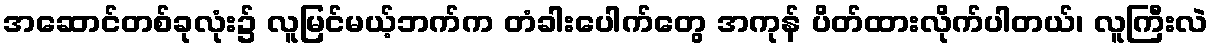
အဆောင်တစ်ခုလုံး၌ လူမြင်မယ့်ဘက်က တံခါးပေါက်တွေ အကုန် ပိတ်ထားလိုက်ပါတယ်၊ လူကြီးလဲ